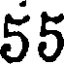
55